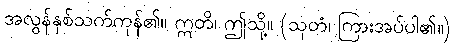
အလွန်နှစ်သက်ကုန်၏။ ဣတိ၊ ဤသို့။ (သုတံ၊ ကြားအပ်ပါ၏။)